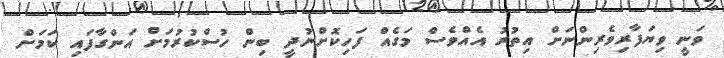
ވަނީ ވިޔަފާރިވެރިންނަށް އިތުރު އެއްވެސް މަގެއް ފަހިކޮށްނުދީ ބިން ހުސްކުރުމަށް އަންގާފައި ކަމަށް